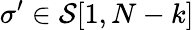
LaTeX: \sigma^{\prime}\in\mathcal{S}[1,{N-k}]